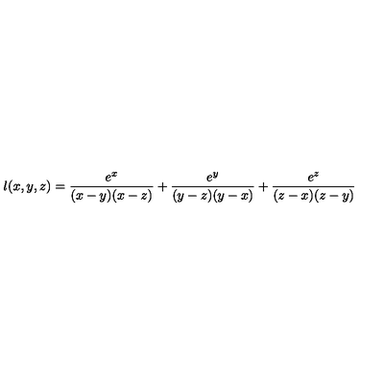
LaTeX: l ( x , y , z ) = \frac { e ^ { x } } { ( x - y ) ( x - z ) } + \frac { e ^ { y } } { ( y - z ) ( y - x ) } + \frac { e ^ { z } } { ( z - x ) ( z - y ) }